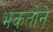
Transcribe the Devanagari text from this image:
भकतोने